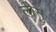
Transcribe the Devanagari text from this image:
लीसु